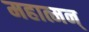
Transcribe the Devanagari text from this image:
महात्मन्‌